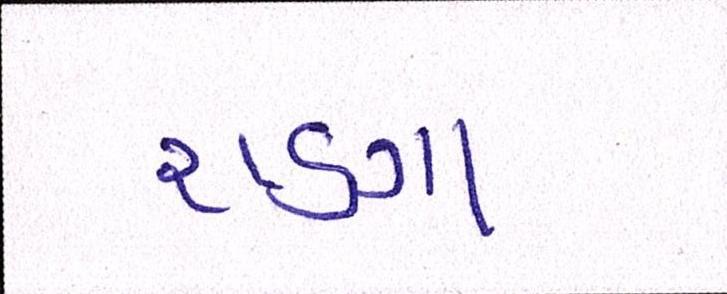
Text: રાણા